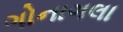
ગોનાગલા